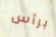
برأس